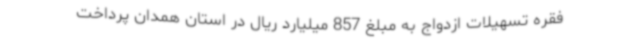
فقره تسهیلات ازدواج به مبلغ 857 میلیارد ریال در استان همدان پرداخت